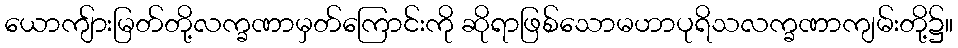
ယောကျ်ားမြတ်တို့လက္ခဏာမှတ်ကြောင်းကို ဆိုရာဖြစ်သောမဟာပုရိသလက္ခဏာကျမ်းတို့၌။